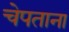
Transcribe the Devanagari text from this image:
चेपताना